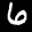
Label: 6